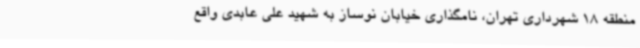
منطقه 18 شهرداری تهران، نامگذاری خیابان نوساز به شهید علی عابدی واقع